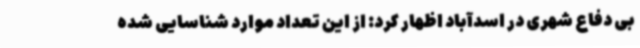
بی دفاع شهری در اسدآباد اظهار کرد: از این تعداد موارد شناسایی شده